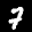
Label: 7